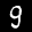
Label: 9